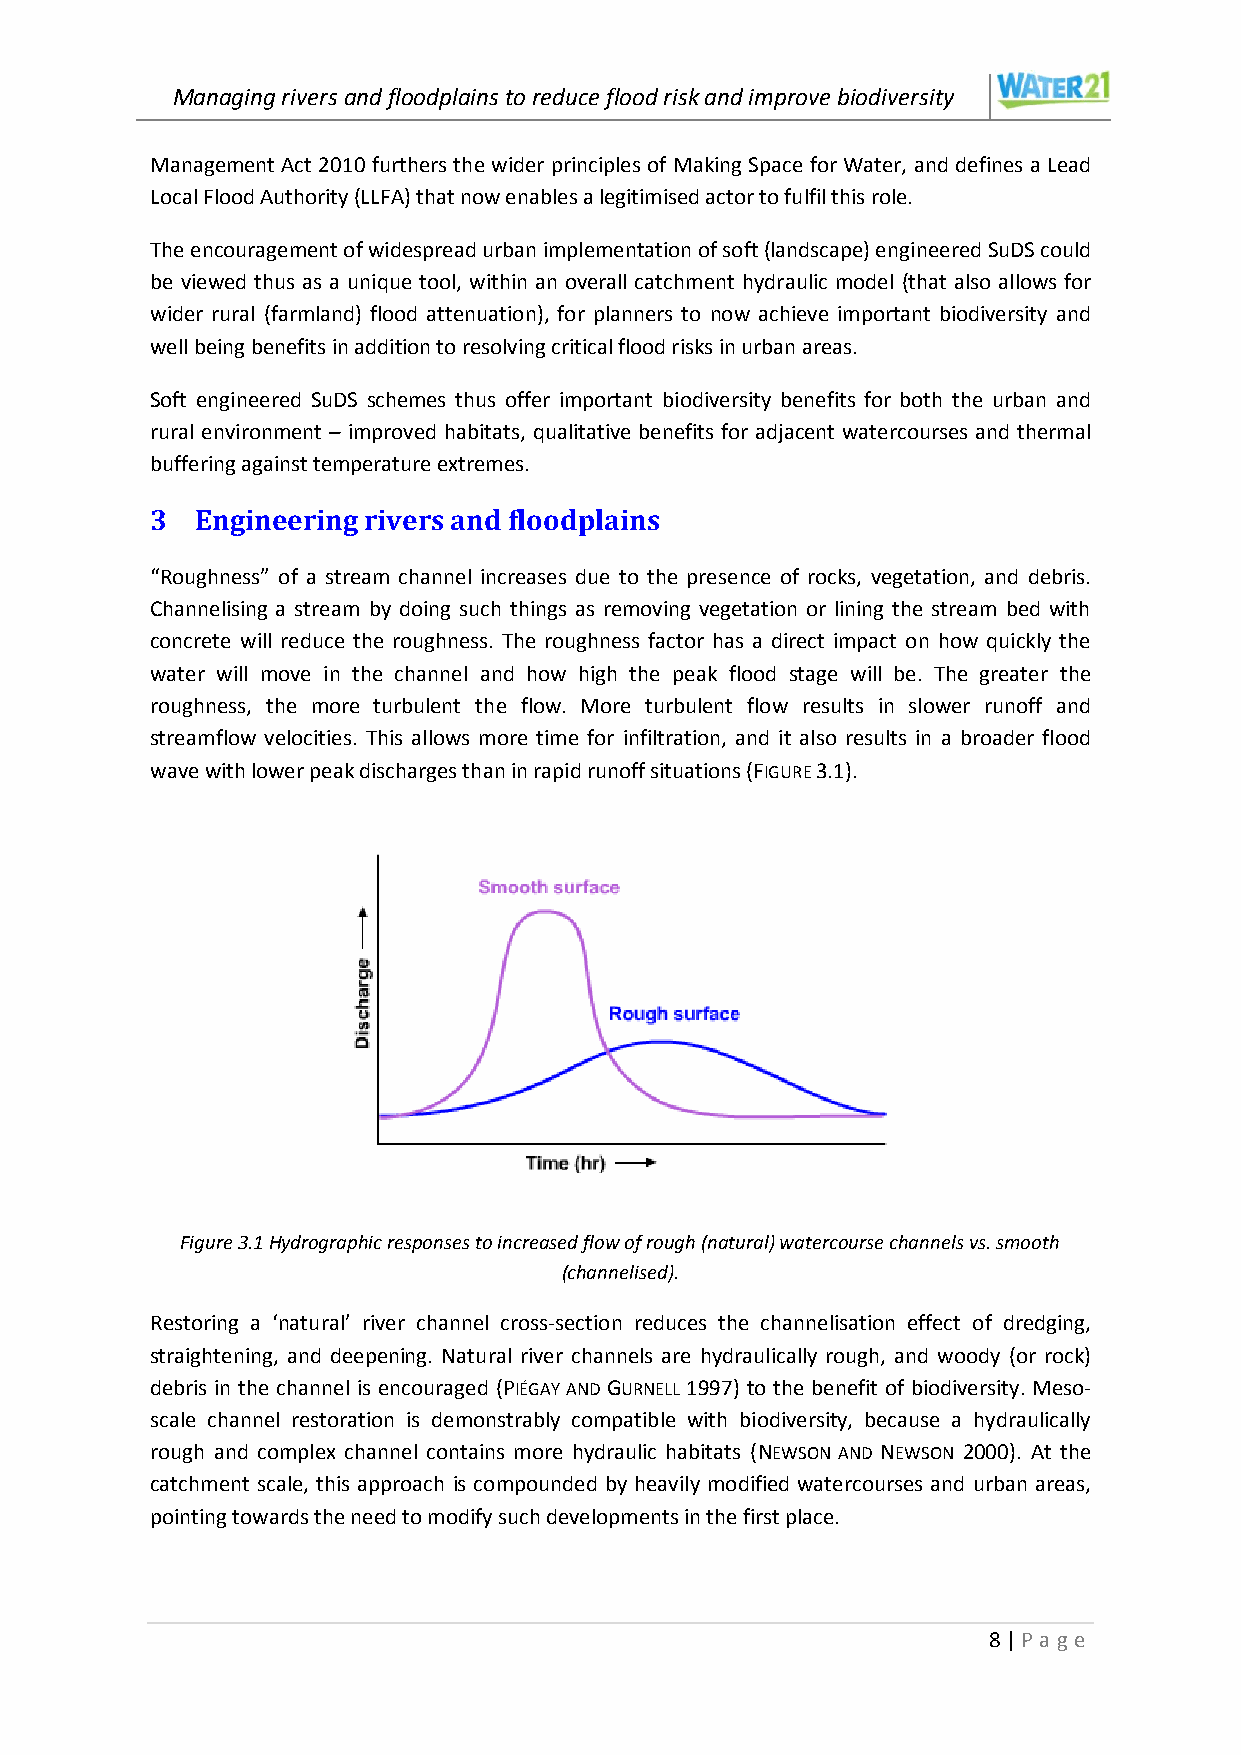
Managing rivers and floodplains to reduce flood risk and improve biodiversity
 Management Act 2010 furthers the wider principles of Making Space for Water, and defines a Lead
 Local Flood Authority (LLFA) that now enables a legitimised actor to fulfil this role.
 The encouragement of widespread urban implementation of soft (landscape) engineered SuDS could
 be viewed thus as a unique tool, within an overall catchment hydraulic model (that also allows for
 wider rural (farmland) flood attenuation), for planners to now achieve important biodiversity and
 well being benefits in addition to resolving critical flood risks in urban areas.
 Soft engineered SuDS schemes thus offer important biodiversity benefits for both the urban and
 rural environment – improved habitats, qualitative benefits for adjacent watercourses and thermal
 buffering against temperature extremes.
 3  Engineering rivers and floodplains
 “Roughness” of a stream channel increases due to the presence of rocks, vegetation, and debris.
 Channelising a stream by doing such things as removing vegetation or lining the stream bed with
 concrete will reduce the roughness. The roughness factor has a direct impact on how quickly the
 water will move in the channel and how high the peak flood stage will be. The greater the
 roughness, the more turbulent the flow. More turbulent flow results in slower runoff and
 streamflow velocities. This allows more time for infiltration, and it also results in a broader flood
 wave with lower peak discharges than in rapid runoff situations (FIGURE 3.1).
 Figure 3.1 Hydrographic responses to increased flow of rough (natural) watercourse channels vs. smooth
 (channelised).
 Restoring a ‘natural’ river channel cross-section reduces the channelisation effect of dredging,
 straightening, and deepening. Natural river channels are hydraulically rough, and woody (or rock)
 debris in the channel is encouraged (PIÉGAY AND GURNELL 1997) to the benefit of biodiversity. Meso-
 scale channel restoration is demonstrably compatible with biodiversity, because a hydraulically
 rough and complex channel contains more hydraulic habitats (NEWSON AND NEWSON 2000). At the
 catchment scale, this approach is compounded by heavily modified watercourses and urban areas,
 pointing towards the need to modify such developments in the first place.
 8 | P age